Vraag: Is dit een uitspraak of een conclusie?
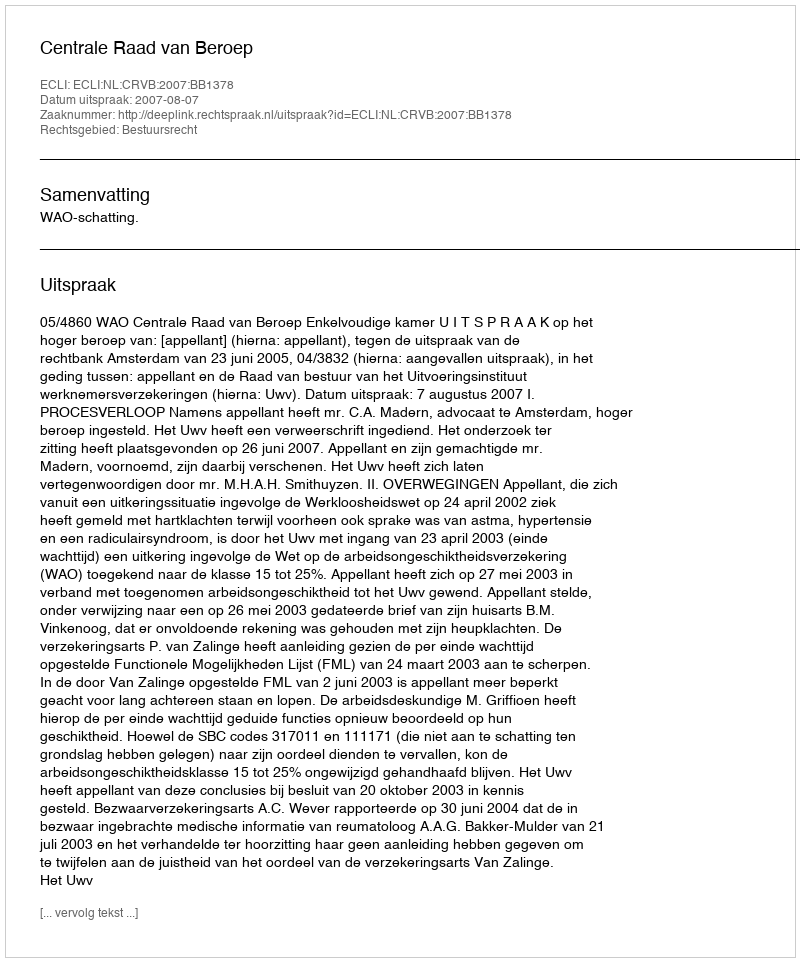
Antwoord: Uitspraak